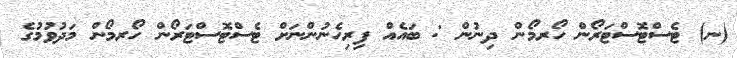
(ނ) ޓެސްޓޮސްޓަރޯން ހޯރމޯން ދިނުން : ބައެއް ފިރިހެނުންނަށް ޓެސްޓޮސްޓަރޯން ހޯރމޯން މަދުވުމުގެ